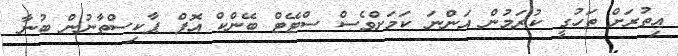
އިތުރަށް ތަހުގީ ކުރަމުން އަންނަ ކަމަށްވެސް ސްޓޭޓް ބޭންކް އޮފް ޕާކިސްތާނުން ބުނާ